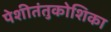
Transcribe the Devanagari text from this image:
पेशीतंतुकोशिका